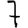
Digit: 7